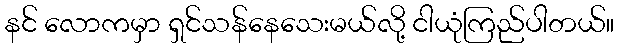
နင် လောကမှာ ရှင်သန်နေသေးမယ်လို့ ငါယုံကြည်ပါတယ်။